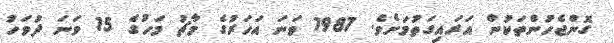
ގޮންޖެހުންތަކުން އަރައިގަތުމަށެވެ. 1987 ވަނަ އަހަރުގެ މާޗު މަހުގެ 15 ވަނަ ދުވަހު